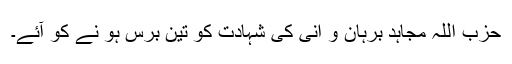
حزب اللہ مجاہد برہان و انی کی شہادت کو تین برس ہو نے کو آئے۔